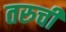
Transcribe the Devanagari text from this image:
तरुची